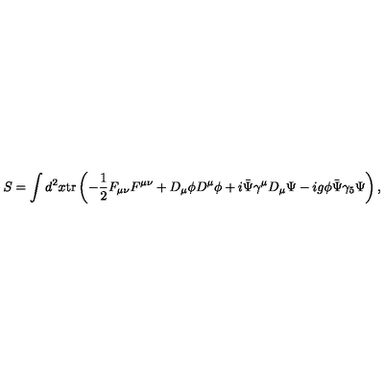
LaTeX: S = \int d ^ { 2 } x \mathrm { t r } \left( - \frac { 1 } { 2 } F _ { \mu \nu } F ^ { \mu \nu } + D _ { \mu } \phi D ^ { \mu } \phi + i \bar { \Psi } \gamma ^ { \mu } D _ { \mu } \Psi - i g \phi \bar { \Psi } \gamma _ { 5 } \Psi \right) ,